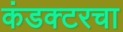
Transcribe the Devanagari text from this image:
कंडक्टरचा